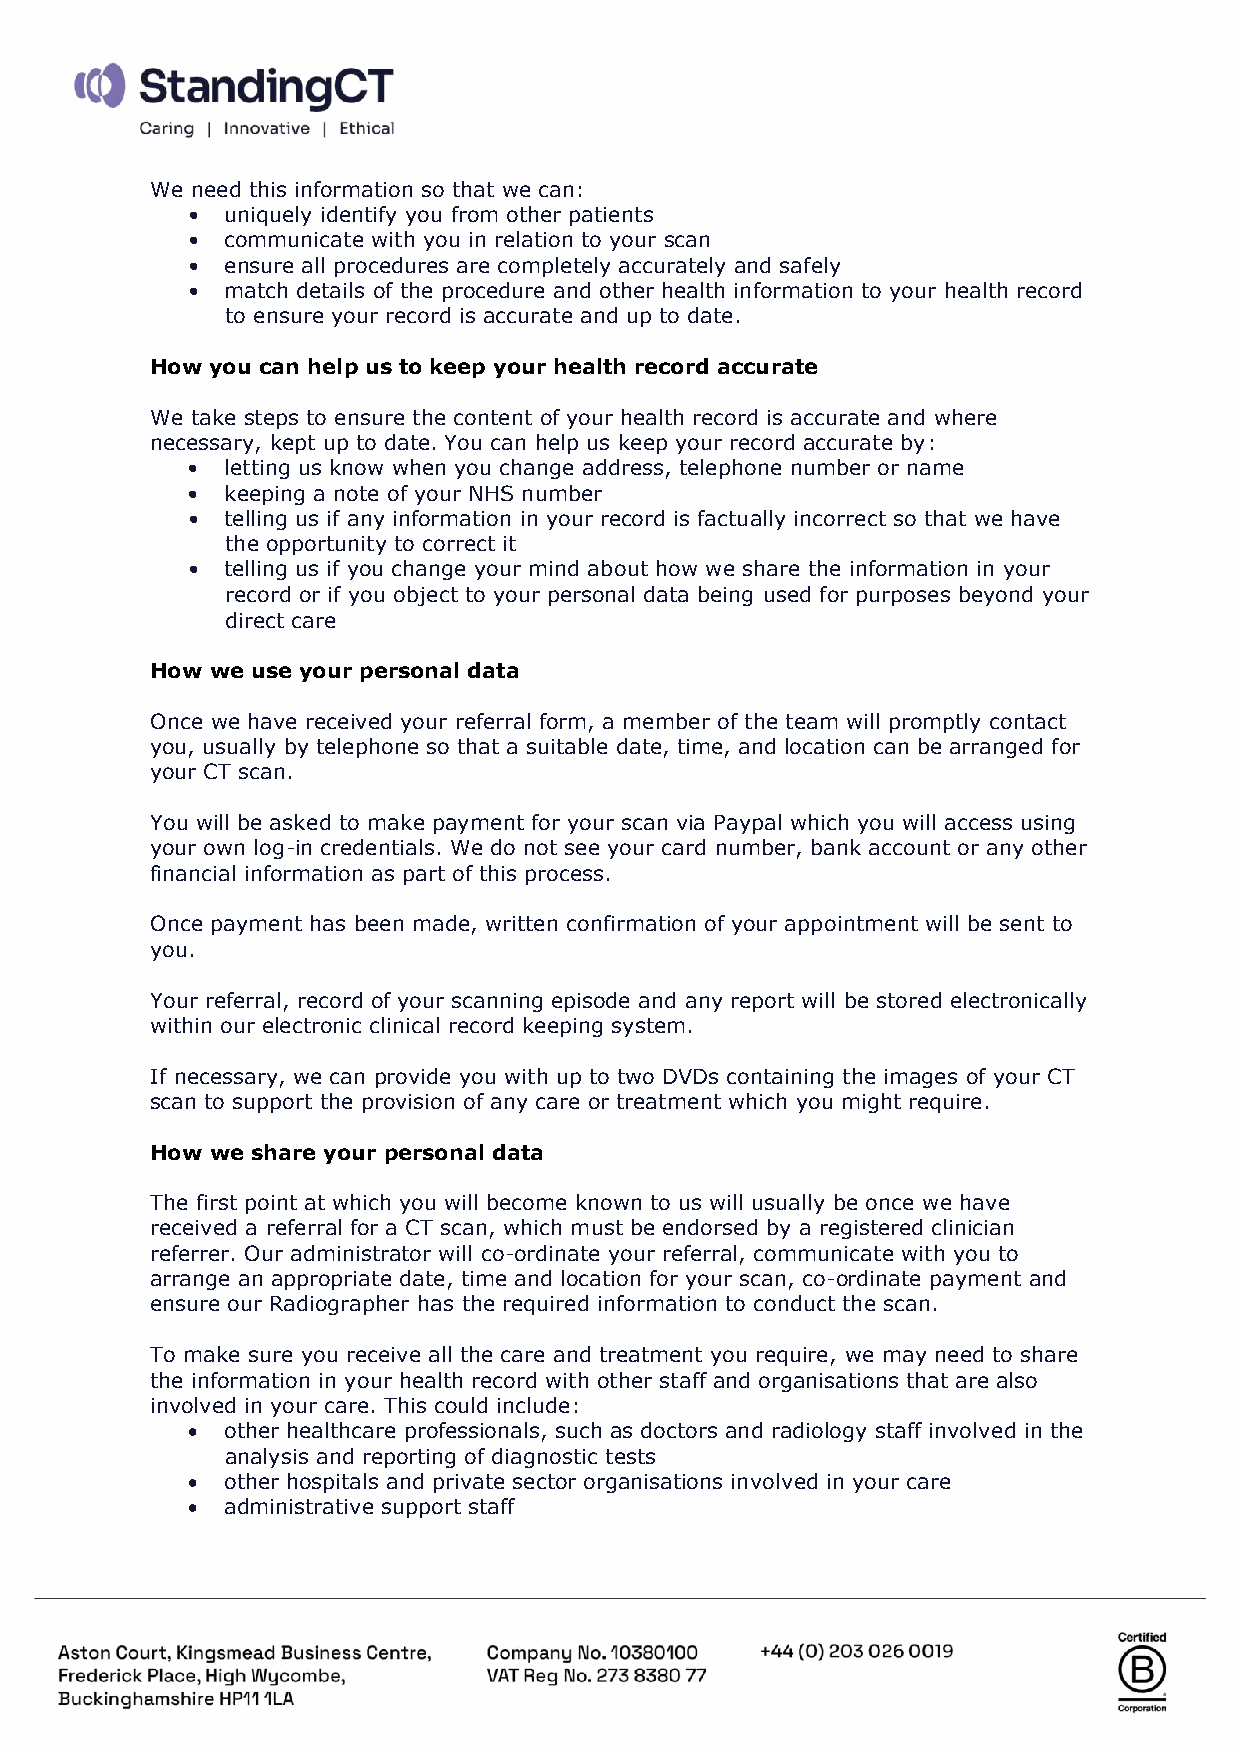
We need this information so that we can:
 •  uniquely identify you from other patients
 •  communicate with you in relation to your scan
 •  ensure all procedures are completely accurately and safely
 •  match details of the procedure and other health information to your health record
 to ensure your record is accurate and up to date.
 How you can help us to keep your health record accurate
 We take steps to ensure the content of your health record is accurate and where
 necessary, kept up to date. You can help us keep your record accurate by:
 •  letting us know when you change address, telephone number or name
 •  keeping a note of your NHS number
 •  telling us if any information in your record is factually incorrect so that we have
 the opportunity to correct it
 •  telling us if you change your mind about how we share the information in your
 record or if you object to your personal data being used for purposes beyond your
 direct care
 How we use your personal data
 Once we have received your referral form, a member of the team will promptly contact
 you, usually by telephone so that a suitable date, time, and location can be arranged for
 your CT scan.
 You will be asked to make payment for your scan via Paypal which you will access using
 your own log-in credentials. We do not see your card number, bank account or any other
 financial information as part of this process.
 Once payment has been made, written confirmation of your appointment will be sent to
 you.
 Your referral, record of your scanning episode and any report will be stored electronically
 within our electronic clinical record keeping system.
 If necessary, we can provide you with up to two DVDs containing the images of your CT
 scan to support the provision of any care or treatment which you might require.
 How we share your personal data
 The first point at which you will become known to us will usually be once we have
 received a referral for a CT scan, which must be endorsed by a registered clinician
 referrer. Our administrator will co-ordinate your referral, communicate with you to
 arrange an appropriate date, time and location for your scan, co-ordinate payment and
 ensure our Radiographer has the required information to conduct the scan.
 To make sure you receive all the care and treatment you require, we may need to share
 the information in your health record with other staff and organisations that are also
 involved in your care. This could include:
 •  other healthcare professionals, such as doctors and radiology staff involved in the
 analysis and reporting of diagnostic tests
 •  other hospitals and private sector organisations involved in your care
 •  administrative support staff